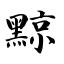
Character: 黥